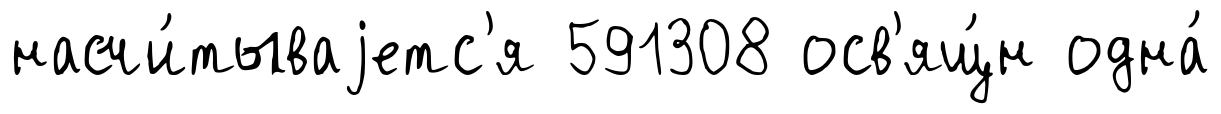
насчи́тываjетс'я 591308 осв'ящ́н одна́